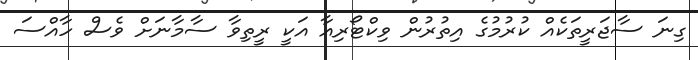
ގިނަ ސާޖަރީތަކެއް ކުރުމުގެ އިތުރުން ވިކްޓޯރިއާ އަކީ ރީތިވާ ސާމާނަށް ވެސް ހާއްސަ